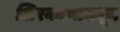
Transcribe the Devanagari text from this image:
शिरकाणामधून